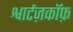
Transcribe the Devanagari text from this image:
श्वार्टज़कॉफ़